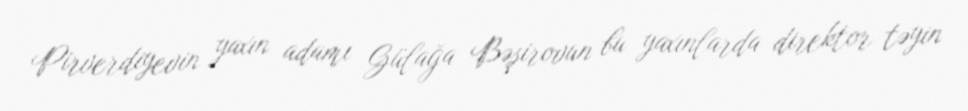
Pirverdiyevin yaxın adamı Gülağa Bəşirovun bu yaxınlarda direktor təyin